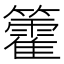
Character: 籗